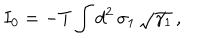
I _ { 0 } = - T \int d ^ { 2 } \, \sigma _ { 1 } \, \sqrt { \gamma _ { 1 } } \, ,